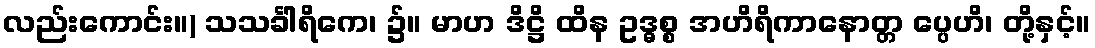
လည်းကောင်း။) သသင်္ခါရိကေ၊ ၌။ မာဟ ဒိဋ္ဌိ ထိန ဥဒ္ဓစ္စ အဟိရိကာနောတ္တ ပ္ပေဟိ၊ တို့နှင့်။